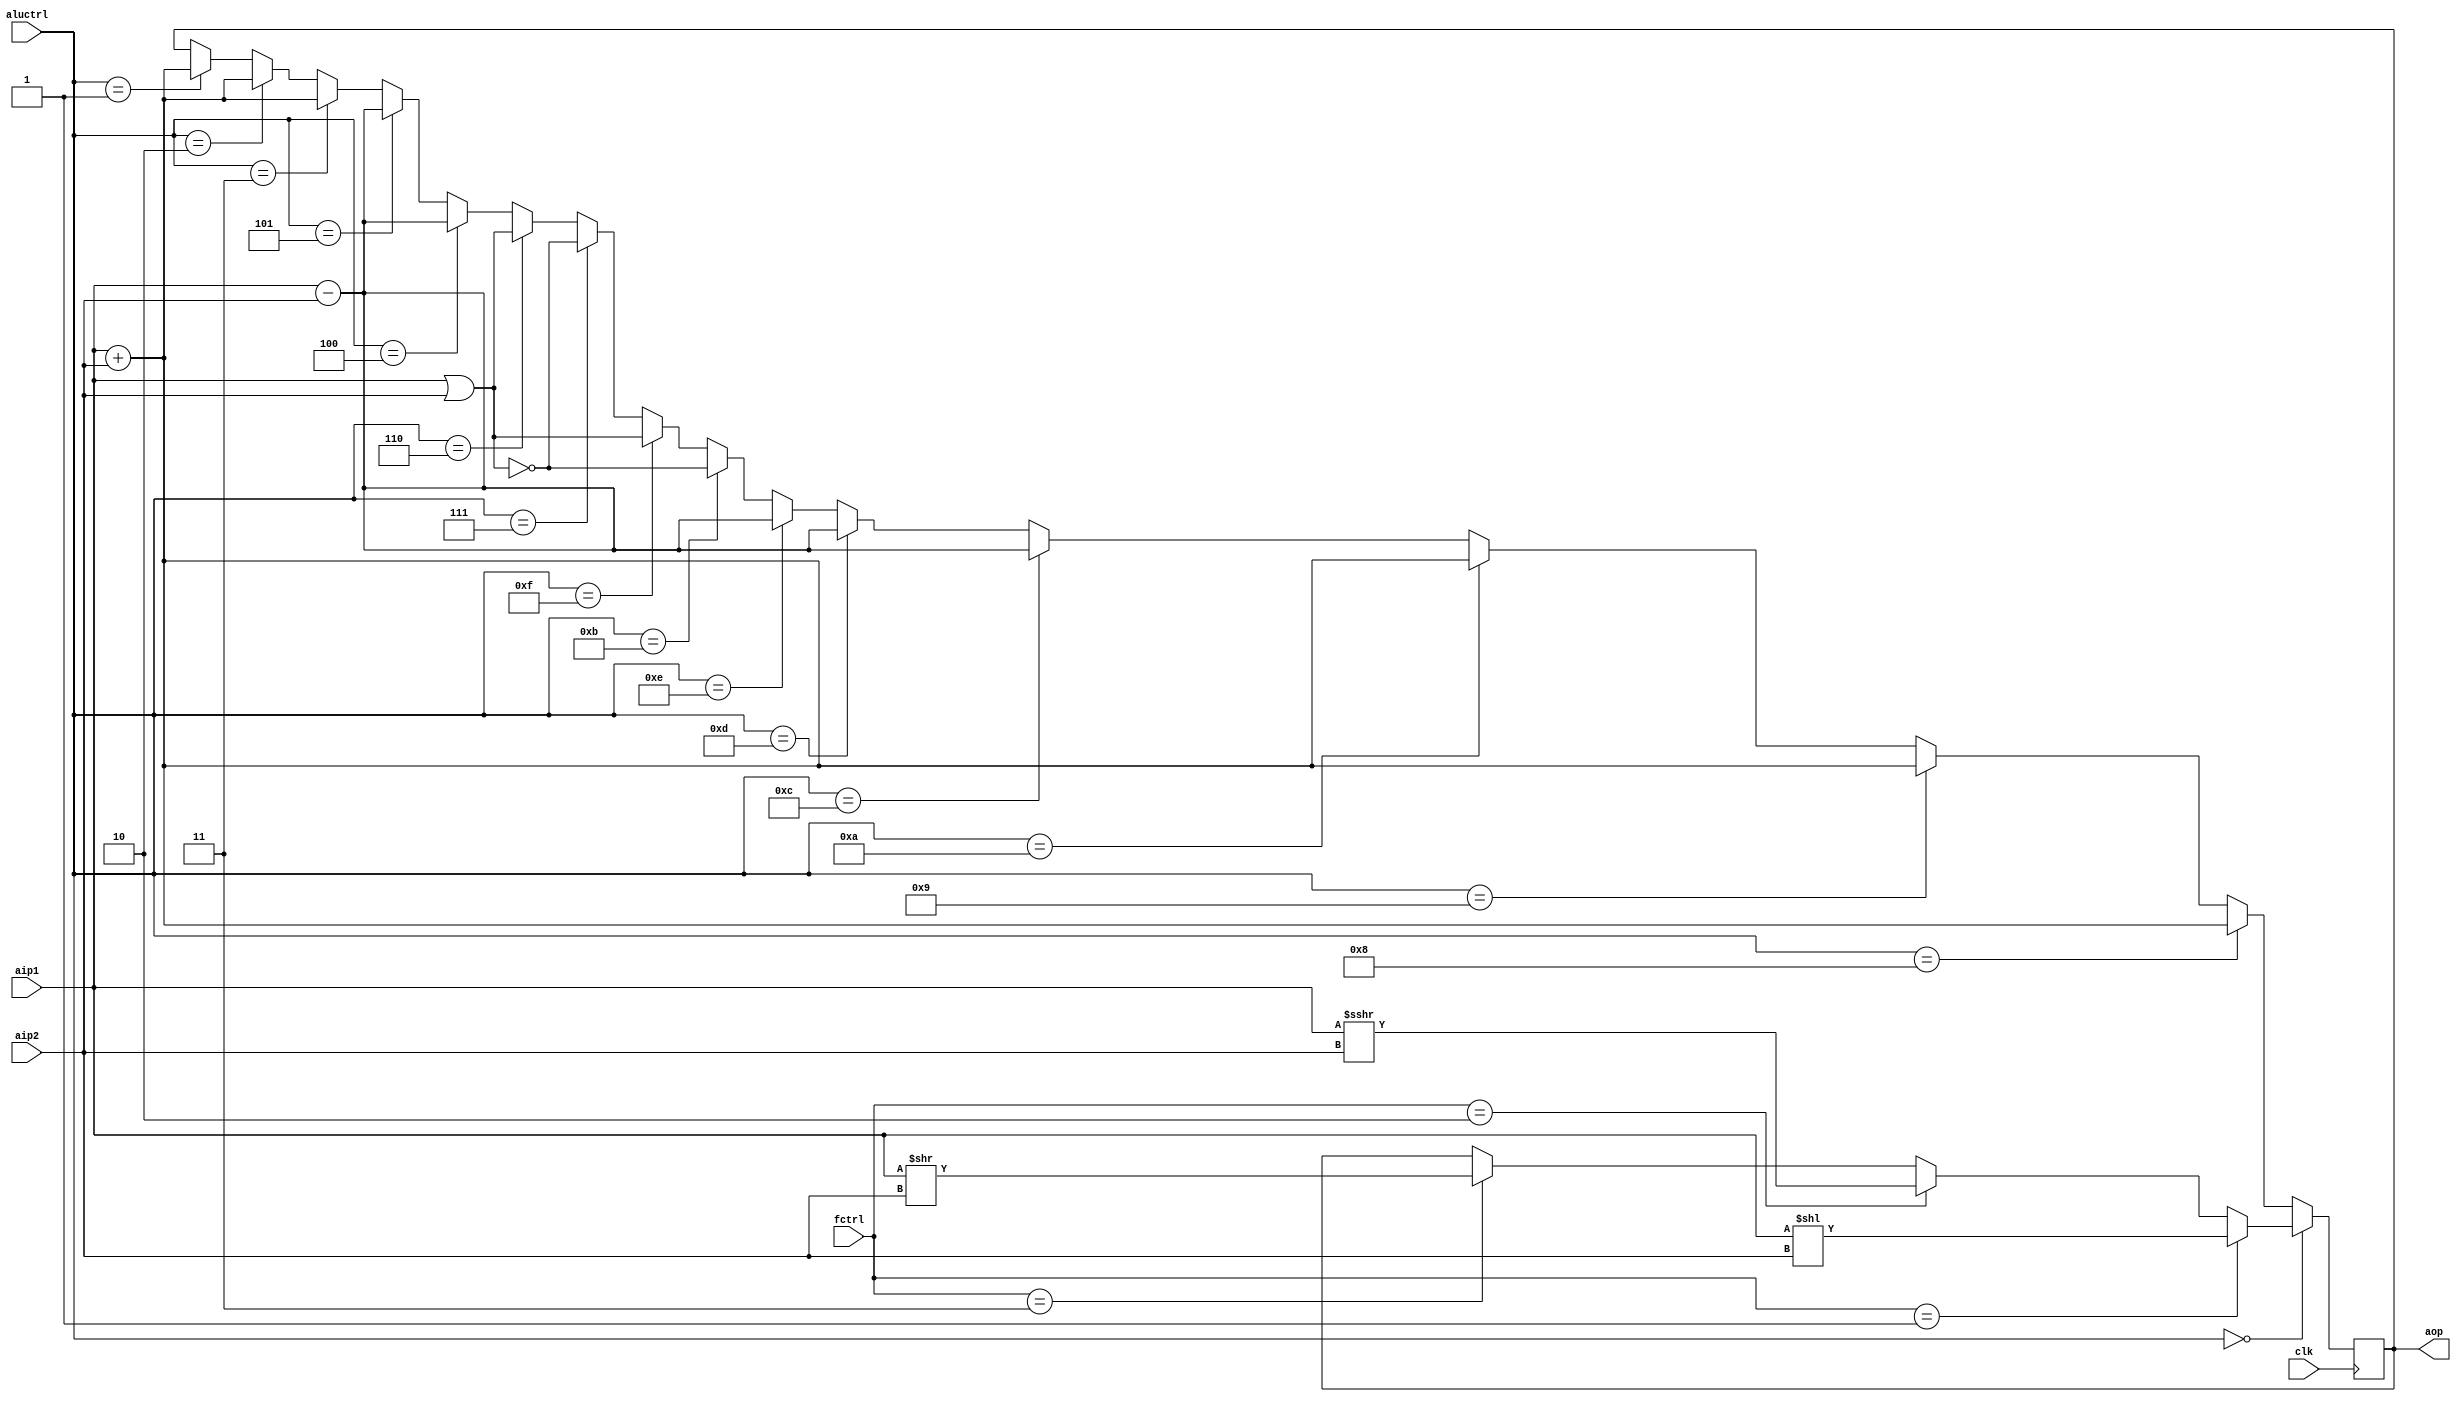
module ALU2(aip1,aip2,fctrl,aluctrl,clk,aop);
input [15:0] aip1,aip2;
input [1:0] fctrl;
input [3:0]aluctrl;
input clk;
output reg [15:0] aop;


always@(posedge clk)
begin
if(aluctrl[3:0]==4'd0) begin
if (fctrl[1:0]==2'd1) begin
aop=aip1<<aip2;
end
else if (fctrl[1:0]==2'd2) begin
aop=aip1>>>aip2;
end
else if (fctrl[1:0]==2'd3) begin
aop=aip1>>aip2;
end
end 
else if (aluctrl[3:0]==4'd8) begin
aop=aip1+aip2;
end
else if (aluctrl[3:0]==4'd9) begin
aop=aip1+aip2;
end
else if (aluctrl[3:0]==4'd10) begin
aop=aip1+aip2;
end
else if (aluctrl[3:0]==4'd12) begin
aop=aip1-aip2;
end
else if (aluctrl[3:0]==4'd13) begin
aop=aip1-aip2;
end
else if (aluctrl[3:0]==4'd14) begin
aop=aip1-aip2;
end
else if (aluctrl[3:0]==4'd11) begin
aop=~(aip1|aip2);
end
else if (aluctrl[3:0]==4'd15) begin
aop=aip1|aip2;
end
else if (aluctrl[3:0]==4'd7) begin
aop=~(aip1|aip2);
end
else if (aluctrl[3:0]==4'd6) begin
aop=aip1|aip2;
end
else if (aluctrl[3:0]==4'd4) begin
aop=aip1-aip2;
end
else if (aluctrl[3:0]==4'd5) begin
aop=aip1-aip2;
end
else if (aluctrl[3:0]==4'd3) begin
aop=aip1+aip2;
end
else if (aluctrl[3:0]==4'd2) begin
aop=aip1+aip2;
end
else if (aluctrl[3:0]==4'd1) begin
aop=aip1+aip2;
end
/*
reg[15:0] a,b,c;
wire temp;
wire [15:0] extn;
reg [15:0]aop1;
wire[15:0]aop2;
reg [15:0]orop;
wire [15:0] sftop;
reg [15:0] sllop,srlop,sarop;
reg [15:0]nandop;
//adder_16 a1(aip1,aip2,clk,aluctrl[2],aop1,temp);
mux4 shftop(fctrl[0],fctrl[1],sarop,sllop,srlop,sarop,sftop);
mux2 op1(aluctrl[3]^aluctrl[2]^aluctrl[0],nandop,orop,aop2);
mux4 op((~aluctrl[0]&~aluctrl[1]&~aluctrl[2]&~aluctrl[3]),((aluctrl[3]&aluctrl[0])|(aluctrl[2]&~aluctrl[3]))&aluctrl[1],aop1,aop2,sftop,16'd0,aop);

always@(posedge clk)
begin
orop=aip1|aip2;


nandop=~orop;
sllop=aip1<<aip2;
sarop=aip1>>>aip2;
srlop=aip1>>aip2;
if(aluctrl[2])
begin 
aop1=aip1-aip2;
end
else
begin
aop1=aip1+aip2;
end*/

end 
endmodule